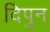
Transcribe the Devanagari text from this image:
दिपुन